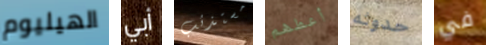
الهيليوم أبي مستذئب أعطهم حدوثه في